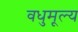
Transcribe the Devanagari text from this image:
वधुमूल्य